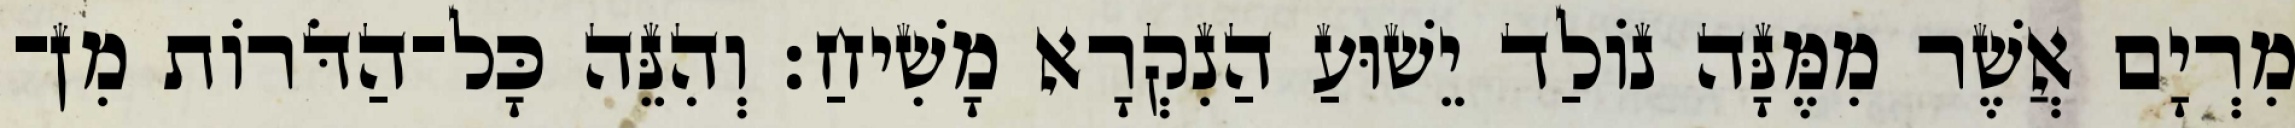
מִרְיָם אֲשֶׁר מִמֶּנָּה נוֹלַד יֵשׁוּעַ הַנִקְרָא מָשִׁיחַ׃ וְהִנֵּה כָּל־הַדֹּרוֹת מִן־